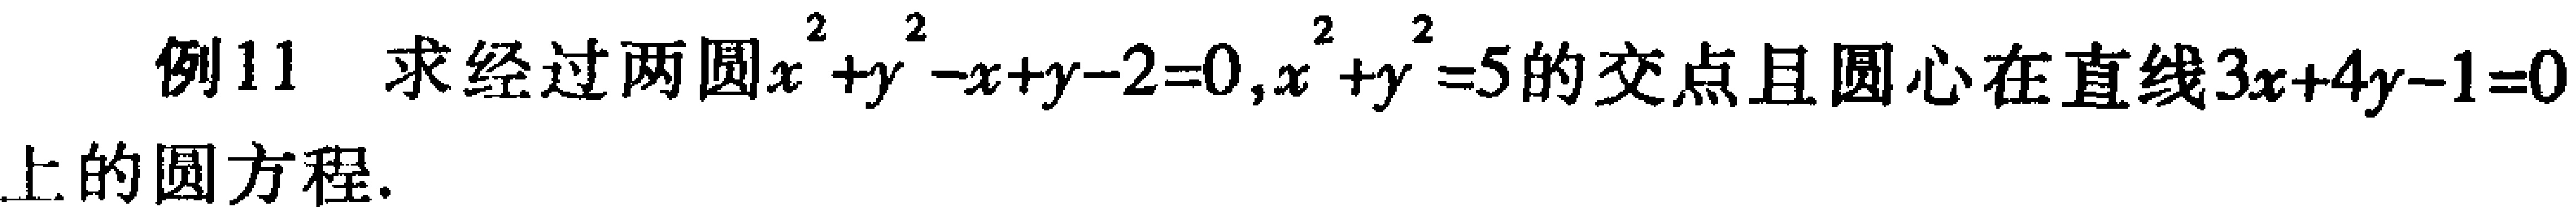
例11 求经过两圆$x^{2}+y^{2}-x + y - 2 = 0,x^{2}+y^{2}=5$的交点且圆心在直线$3x + 4y - 1 = 0$上的圆方程.